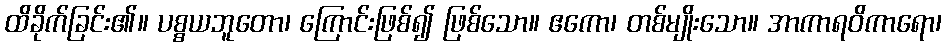
ထိခိုက်ခြင်း၏။ ပစ္စယဘူတော၊ ကြောင်းဖြစ်၍ ဖြစ်သော။ ဧကော၊ တစ်မျိုးသော။ အာကာရဝိကာရော၊